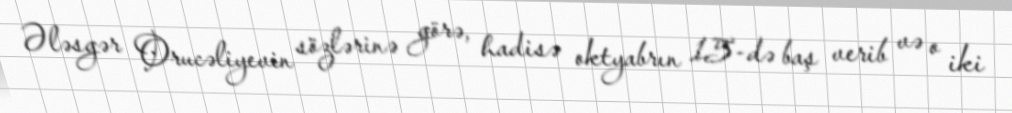
Ələsgər Orucəliyevin sözlərinə görə, hadisə oktyabrın 15-də baş verib və o iki